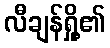
လီချန်ရှို့၏